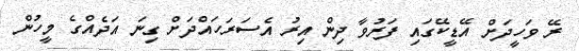
ރޭ ވަހީދަށް އޭޑީކޭގައި ފަރުވާ ދިން އިރު އެސަރަހައްދަށް ގިނަ އަދެއްގެ މީހުން